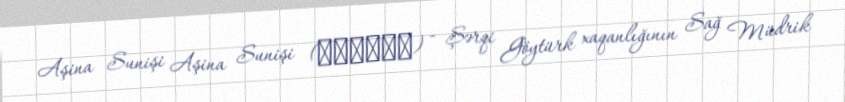
Aşina Sunişi Aşina Sunişi (阿史那蘇尼失) - Şərqi Göytürk xaqanlığının Sağ Müdrik